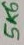
Text: 5K6